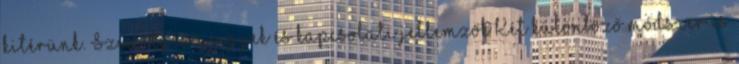
kitérünk. Személyiségjegyek és kapcsolati jellemzők Két különböző módszer is